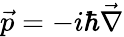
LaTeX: {\vec{p}}=-i\hbar{\vec{\nabla}}